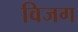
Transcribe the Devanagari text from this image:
विजग